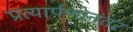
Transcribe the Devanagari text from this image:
प्रत्यार्पणानंतर